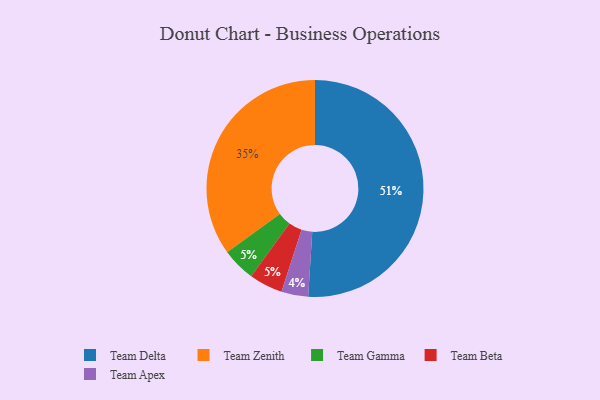
{"axis": {"x": "Category", "y": "Percentage"}, "legend": ["Team Apex", "Team Beta", "Team Delta", "Team Gamma", "Team Zenith"], "data": [{"x": "Team Zenith", "y": 35, "type": "Team Zenith"}, {"x": "Team Gamma", "y": 5, "type": "Team Gamma"}, {"x": "Team Beta", "y": 5, "type": "Team Beta"}, {"x": "Team Delta", "y": 51, "type": "Team Delta"}, {"x": "Team Apex", "y": 4, "type": "Team Apex"}]}